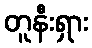
တူနီးရှား